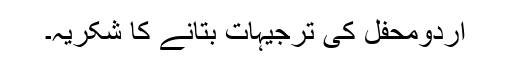
اردومحفل کی ترجیہات بتانے کا شکریہ۔